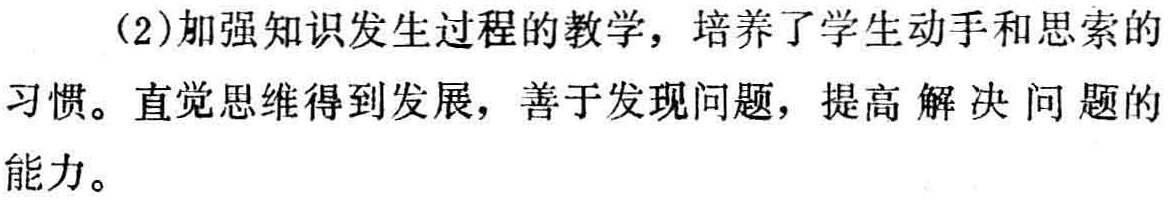
（2）加强知识发生过程的教学，培养了学生动手和思索的
习惯。直觉思维得到发展，善于发现问题，提高 解决 问题的
能力。